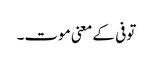
توفی کے معنی موت۔